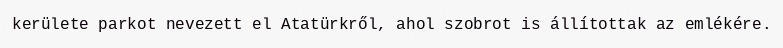
kerülete parkot nevezett el Atatürkről, ahol szobrot is állítottak az emlékére.